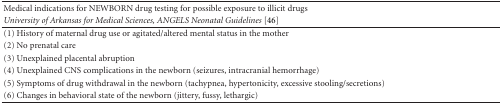
<table><thead><tr><td><b>Medical indications for NEWBORN drug testing for possible exposure to illicit drugs</b></td></tr><tr><td><b><i>University of Arkansas for Medical Sciences, ANGELS Neonatal Guidelines </i>[46]</b></td></tr></thead><tbody><tr><td>(1) History of maternal drug use or agitated/altered mental status in the mother</td></tr><tr><td>(2) No prenatal care</td></tr><tr><td>(3) Unexplained placental abruption</td></tr><tr><td>(4) Unexplained CNS complications in the newborn (seizures, intracranial hemorrhage)</td></tr><tr><td>(5) Symptoms of drug withdrawal in the newborn (tachypnea, hypertonicity, excessive stooling/secretions)</td></tr><tr><td>(6) Changes in behavioral state of the newborn (jittery, fussy, lethargic)</td></tr></tbody></table>